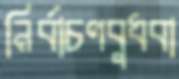
নির্বাচণবুধবা